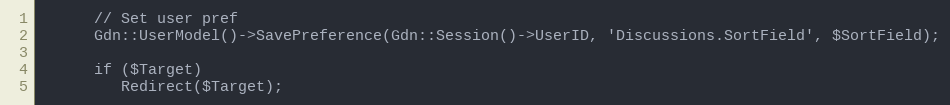
Language: PHP
      // Set user pref
      Gdn::UserModel()->SavePreference(Gdn::Session()->UserID, 'Discussions.SortField', $SortField);

      if ($Target)
         Redirect($Target);